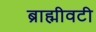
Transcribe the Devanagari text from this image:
ब्राह्मीवटी